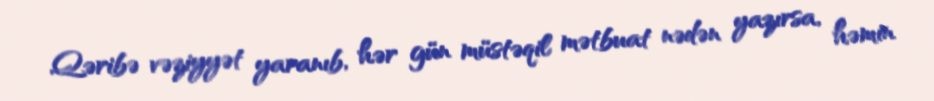
Qəribə vəziyyət yaranıb, hər gün müstəqil mətbuat nədən yazırsa, həmin